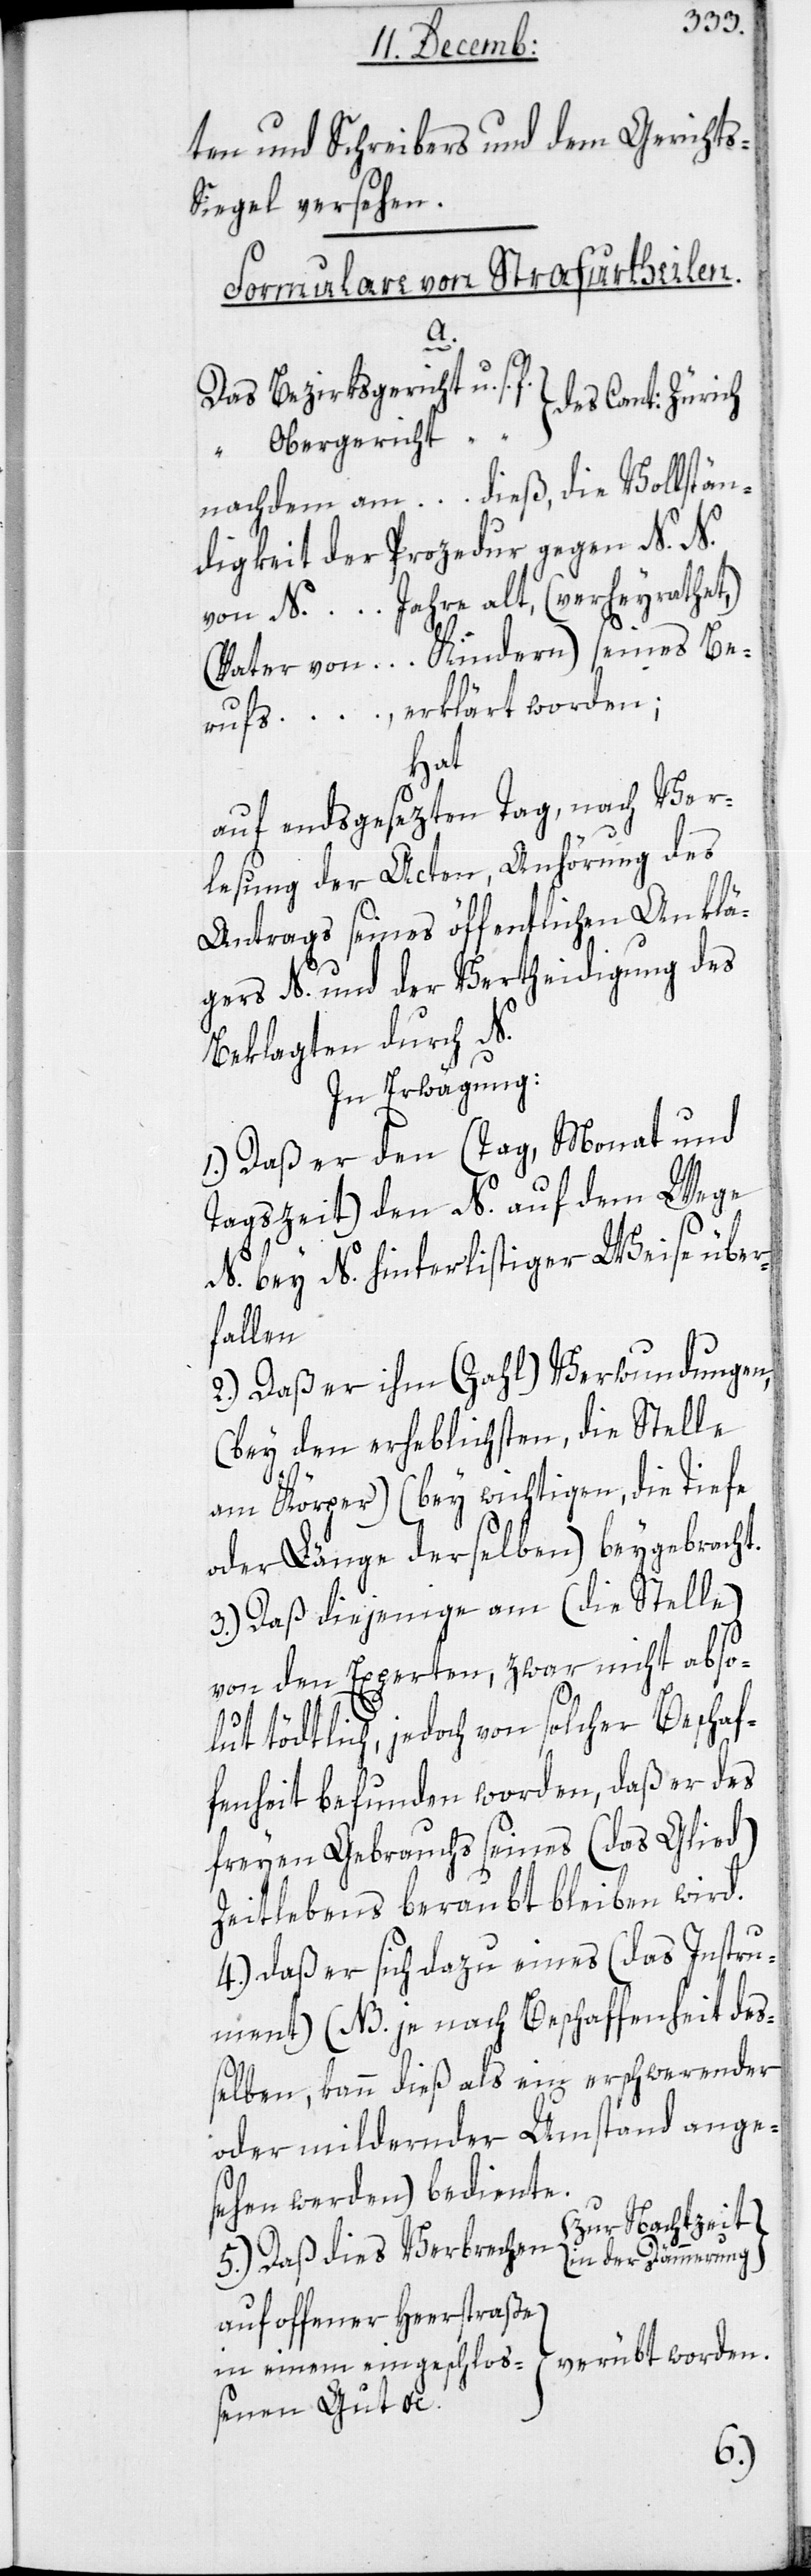
und Schreibers und dem Gericht¬
iegel versehen.
Formulare von Strafurtheilen.
a.
Das Bezirksgericht u. s.
}
das Obergericht u.
nachdem am … dieß, die Vollstän¬
digkeit der Prozedur gegen N. N.
von N. … Jahre alt, (verheyrathet,)
Vater von … Kindern) seines Be¬
rufs …, erklärt worden;
hat
auf endsgesezten Tag, nach Ver¬
lesung der Acten, Anhörung des
Antrags seines öffentlichen Anklä¬
gers N. und der Vertheidigung des
Beklagten durch N.
in Erwägung:
1.) Daß er den (Tag, Monat und
Tagszeit) den N. auf dem Wege
N. bey N. hinterlistiger Weise über¬
fallen
2.) Daß er ihm (Zahl) Verwundungen
(bey den Erheblichsten die Stelle
am Körper) (bey wichtigen, die Tiefe
oder Länge derselben) beygebracht.
3.) Daß diejenige am (die Stelle)
von den Experten, zwar nicht abso¬
lut tödtlich, jedoch von solcher Beschaf¬
fenheit befunden worden, daß er des
freyen Gebrauchs seines (das Glied)
Zeitlebens beraubt bleiben wird.
4.) Daß er sich dazu eines (das Instru¬
ment) (NB. Je nach Beschaffenheit des¬
selben, kann dieß als ein erschwerender
oder mildernder Umstand ange¬
sehen werden) bediente.
{zur Nachtzeit
5.) Daß dies Verbrechen
in der Dämmerung}
auf offener Heerstraße }
in einem eingeschloßenen Gut etc.} verübt worden.
s-S¬